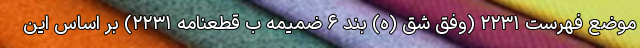
موضع فهرست ۲۲۳۱ (وفق شق (ه) بند ۶ ضمیمه ب قطعنامه ۲۲۳۱) بر اساس این